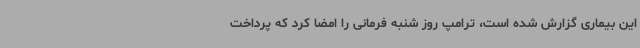
این بیماری گزارش شده است، ترامپ روز شنبه فرمانی را امضا کرد که پرداخت